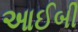
આઈબી